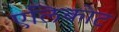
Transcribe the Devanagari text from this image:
एलिकोट